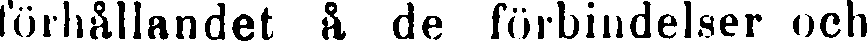
förhållandet å de förbindelser och